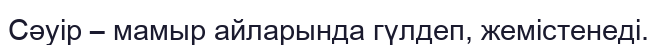
Сәуір – мамыр айларында гүлдеп, жемістенеді.